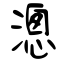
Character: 漗